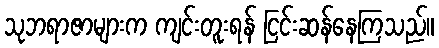
သုဘရာဇာများက ကျင်းတူးရန် ငြင်းဆန်နေကြသည်။